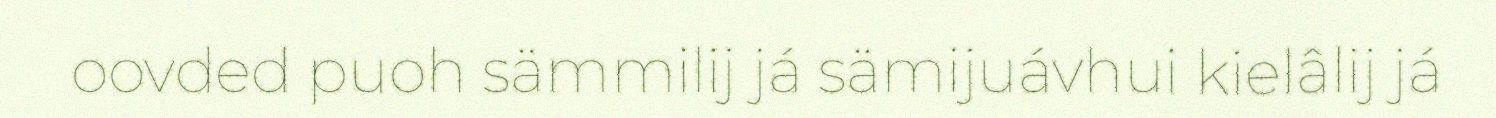
oovded puoh sämmilij já sämijuávhui kielâlij já